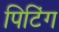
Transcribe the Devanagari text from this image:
पिटिंग